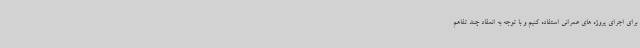
برای اجرای پروژه های عمرانی استفاده کنیم و با توجه به انعقاد چند تفاهم